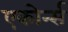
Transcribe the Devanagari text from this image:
एकोर्न्स